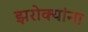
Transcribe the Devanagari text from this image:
झरोक्यांना